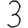
Digit: 3